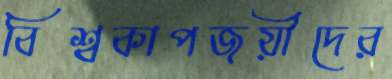
বিশ্বকাপজয়ীদের